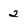
Character: 2